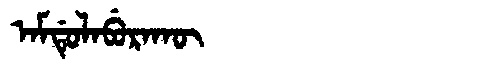
Manchu: ᠠᠮᡩᡠᠯᠠᠪᡠᡵᠠᡴᡡ
Romanization: AMDULABURAKŪ